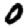
Digit: 0